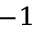
^ { - 1 }